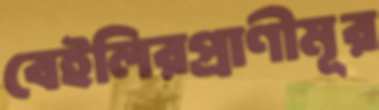
বেইলিরপ্রাণীমূর